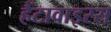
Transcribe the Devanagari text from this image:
हैंटावाइरस